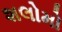
શલોમો